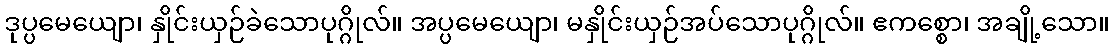
ဒုပ္ပမေယျော၊ နှိုင်းယှဉ်ခဲသောပုဂ္ဂိုလ်။ အပ္ပမေယျော၊ မနှိုင်းယှဉ်အပ်သောပုဂ္ဂိုလ်။ ဧကစ္စော၊ အချို့သော။